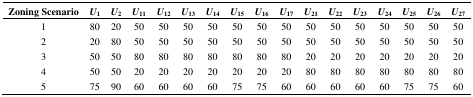
| Zoning Scenario | U1 | U2 | U11 | U12 | U13 | U14 | U15 | U16 | U17 | U21 | U22 | U23 | U24 | U25 | U26 | U27 |
 | --- | --- | --- | --- | --- | --- | --- | --- | --- | --- | --- | --- | --- | --- | --- | --- | --- |
 | 1 | 80 | 20 | 50 | 50 | 50 | 50 | 50 | 50 | 50 | 50 | 50 | 50 | 50 | 50 | 50 | 50 |
 | 2 | 20 | 80 | 50 | 50 | 50 | 50 | 50 | 50 | 50 | 50 | 50 | 50 | 50 | 50 | 50 | 50 |
 | 3 | 50 | 50 | 80 | 80 | 80 | 80 | 80 | 80 | 80 | 20 | 20 | 20 | 20 | 20 | 20 | 20 |
 | 4 | 50 | 50 | 20 | 20 | 20 | 20 | 20 | 20 | 20 | 80 | 80 | 80 | 80 | 80 | 80 | 80 |
 | 5 | 75 | 90 | 60 | 60 | 60 | 60 | 75 | 75 | 60 | 60 | 60 | 60 | 60 | 75 | 75 | 60 |